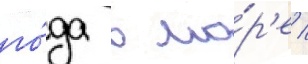
го́да в мо́р'е /